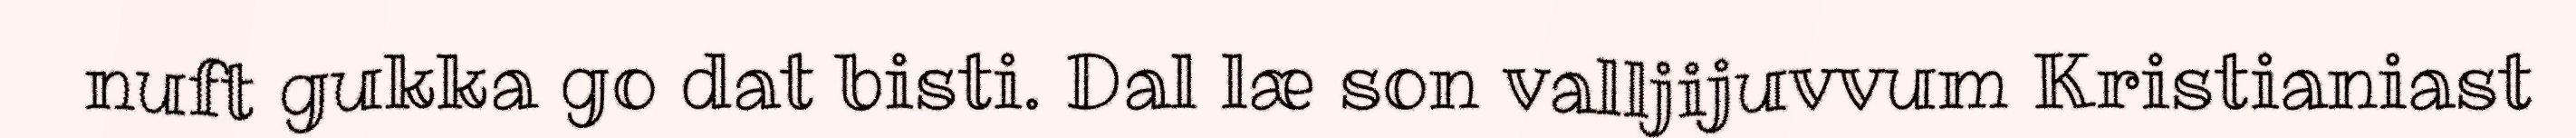
nuft gukka go dat bisti. Dal læ son valljijuvvum Kristianiast